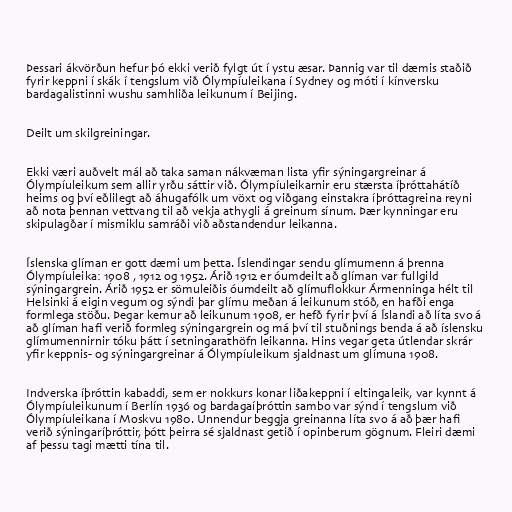
Þessari ákvörðun hefur þó ekki verið fylgt út í ystu æsar. Þannig var til dæmis staðið
fyrir keppni í skák í tengslum við Ólympíuleikana í Sydney og móti í kínversku
bardagalistinni wushu samhliða leikunum í Beijing.

Deilt um skilgreiningar.

Ekki væri auðvelt mál að taka saman nákvæman lista yfir sýningargreinar á
Ólympíuleikum sem allir yrðu sáttir við. Ólympíuleikarnir eru stærsta íþróttahátíð
heims og því eðlilegt að áhugafólk um vöxt og viðgang einstakra íþróttagreina reyni
að nota þennan vettvang til að vekja athygli á greinum sínum. Þær kynningar eru
skipulagðar í mismiklu samráði við aðstandendur leikanna.

Íslenska glíman er gott dæmi um þetta. Íslendingar sendu glímumenn á þrenna
Ólympíuleika: 1908 , 1912 og 1952. Árið 1912 er óumdeilt að glíman var fullgild
sýningargrein. Árið 1952 er sömuleiðis óumdeilt að glímuflokkur Ármenninga hélt til
Helsinki á eigin vegum og sýndi þar glímu meðan á leikunum stóð, en hafði enga
formlega stöðu. Þegar kemur að leikunum 1908, er hefð fyrir því á Íslandi að líta svo á
að glíman hafi verið formleg sýningargrein og má því til stuðnings benda á að íslensku
glímumennirnir tóku þátt í setningarathöfn leikanna. Hins vegar geta útlendar skrár
yfir keppnis- og sýningargreinar á Ólympíuleikum sjaldnast um glímuna 1908.

Indverska íþróttin kabaddi, sem er nokkurs konar liðakeppni í eltingaleik, var kynnt á
Ólympíuleikunum í Berlín 1936 og bardagaíþróttin sambo var sýnd í tengslum við
Ólympíuleikana í Moskvu 1980. Unnendur beggja greinanna líta svo á að þær hafi
verið sýningaríþróttir, þótt þeirra sé sjaldnast getið í opinberum gögnum. Fleiri dæmi
af þessu tagi mætti tína til.